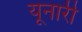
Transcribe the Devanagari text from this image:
यूनारी